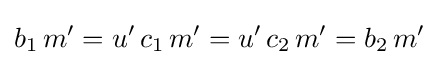
b_{1}\,m'=u'\,c_{1}\,m'=u'\,c_{2}\,m'=b_{2}\,m'